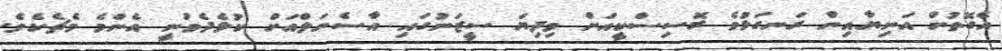
އެގޮތުން އަނިޔާއިން ރަނގަޅުވެ ރޮސިސްކީއަށް މިދިޔަ ސީޒަނުގައި އާސެނަލްއަށް ކުޅެދެވުނީ އެންމެ މެޗެކެވެ.